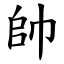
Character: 帥